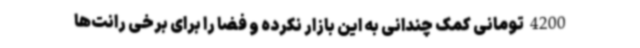
4200 تومانی کمک چندانی به این بازار نکرده و فضا را برای برخی رانت‌ها